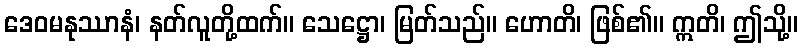
ဒေဝမနုဿာနံ၊ နတ်လူတို့ထက်။ သေဋ္ဌော၊ မြတ်သည်။ ဟောတိ၊ ဖြစ်၏။ ဣတိ၊ ဤသို့။